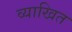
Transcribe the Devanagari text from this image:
व्याखित